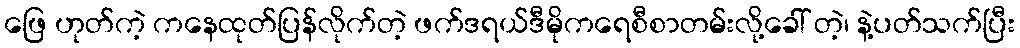
ဖြေ ဟုတ်ကဲ့ ကနေထုတ်ပြန်လိုက်တဲ့ ဖက်ဒရယ်ဒီမိုကရေစီစာတမ်းလို့ခေါ် တဲ့၊ နဲ့ပတ်သက်ပြီး